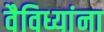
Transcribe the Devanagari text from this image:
वैविध्यांना